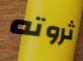
ثروته